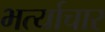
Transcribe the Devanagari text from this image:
भर्त्याचार